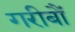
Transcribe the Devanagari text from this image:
गरीबौं